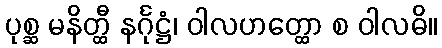
ပုစ္ဆ မနိတ္ထီ နင်္ဂုဋ္ဌံ၊ ဝါလဟတ္ထော စ ဝါလဓိ။